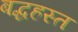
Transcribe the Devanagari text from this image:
बद्धहस्त